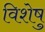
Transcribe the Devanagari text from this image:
विशेषु